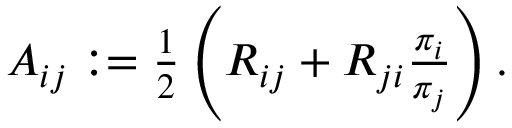
\begin{array} { r } { A _ { i j } : = \frac { 1 } { 2 } \left( R _ { i j } + R _ { j i } \frac { \pi _ { i } } { \pi _ { j } } \right) . } \end{array}